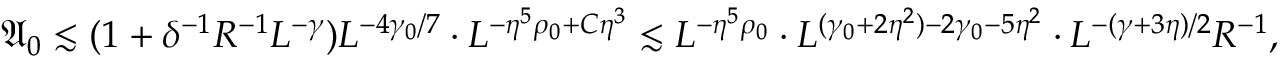
\mathfrak A _ { 0 } \lesssim ( 1 + \delta ^ { - 1 } R ^ { - 1 } L ^ { - \gamma } ) L ^ { - 4 \gamma _ { 0 } / 7 } \cdot L ^ { - \eta ^ { 5 } \rho _ { 0 } + C \eta ^ { 3 } } \lesssim L ^ { - \eta ^ { 5 } \rho _ { 0 } } \cdot L ^ { ( \gamma _ { 0 } + 2 \eta ^ { 2 } ) - 2 \gamma _ { 0 } - 5 \eta ^ { 2 } } \cdot L ^ { - ( \gamma + 3 \eta ) / 2 } R ^ { - 1 } ,